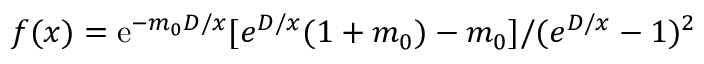
f ( x ) = \mathrm { e } ^ { - m _ { 0 } D / x } [ e ^ { D / x } ( 1 + m _ { 0 } ) - m _ { 0 } ] / ( { e } ^ { D / x } - 1 ) ^ { 2 }